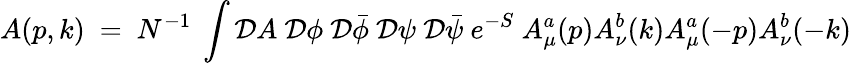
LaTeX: A(p,k)~=~N^{-1}~\int{\cal D}A~{\cal D}\phi{}~{\cal D}\bar{\phi}~{\cal D}\psi{}~{\cal D}\bar{\psi}~e^{-S}~A_{\mu}^{a}(p)A_{\nu}^{b}(k)A_{\mu}^{a}(-p)A_{\nu}^{b}(-k)